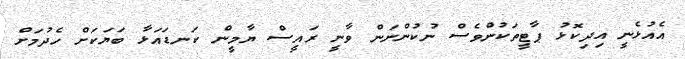
އެއުޅެނީ އިދިކޮޅު ޕާޓީތަކުންވެސް ނުކުންނަން ވާނީ ރައީސް ޔާމީން ކަނޑައަޅާ ބަޔަކަށް ހެދުމަށް